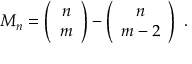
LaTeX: M _ { n } = \left( \begin{array} { c } { { n } } \\ { { m } } \end{array} \right) - \left( \begin{array} { c } { { n } } \\ { { m - 2 } } \end{array} \right) ~ .